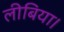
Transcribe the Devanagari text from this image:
लीबिया।